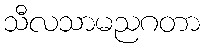
သီလသာမညဂတာ